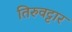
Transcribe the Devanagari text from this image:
तिरुवट्टार